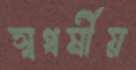
স্বধর্মীয়